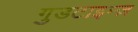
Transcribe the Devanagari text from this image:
गुडटाइम्ज़